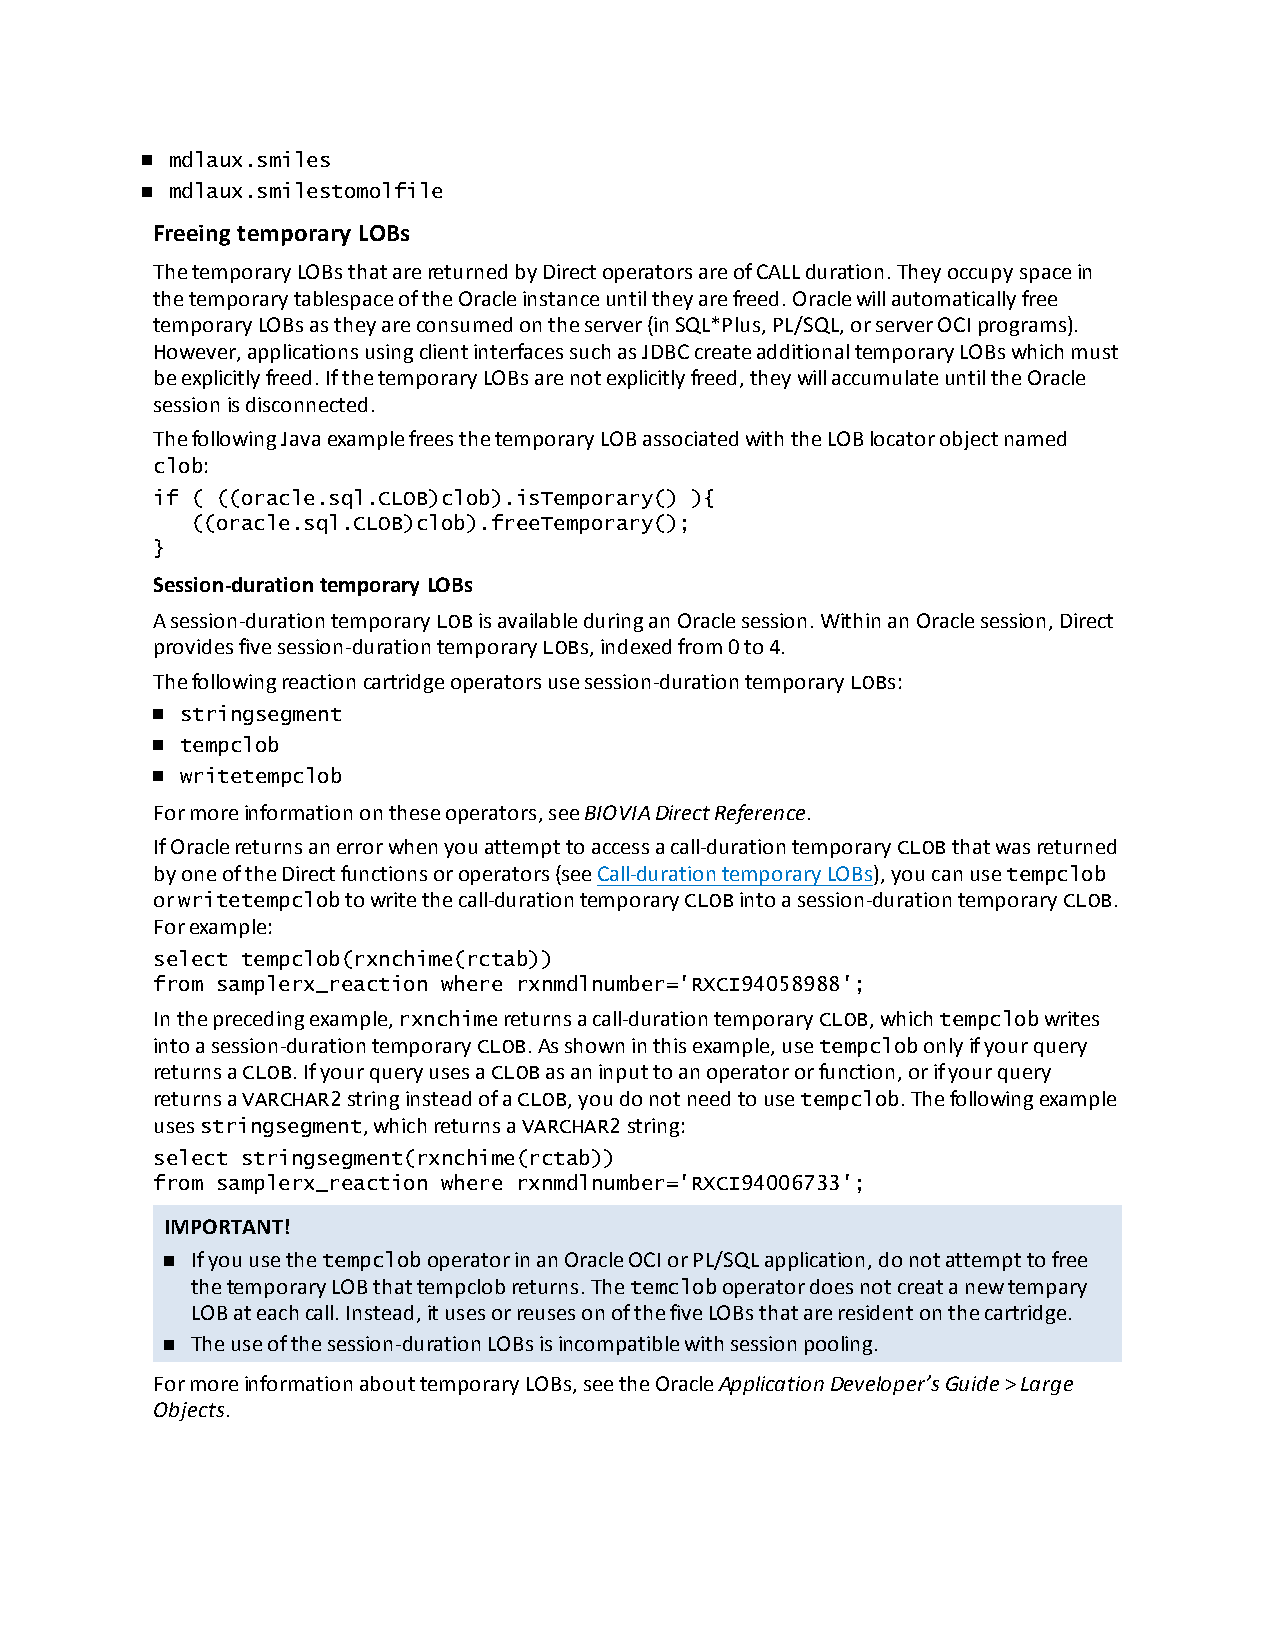
n mdlaux.smiles
 n mdlaux.smilestomolfile
 Freeing temporary LOBs
 ThetemporaryLOBsthatarereturnedbyDirectoperatorsareofCALLduration.Theyoccupyspacein
 thetemporarytablespaceoftheOracleinstanceuntiltheyarefreed.Oraclewillautomaticallyfree
 temporaryLOBsastheyareconsumedontheserver(inSQL*Plus,PL/SQL,orserverOCIprograms).
 However,applicationsusingclientinterfacessuchasJDBCcreateadditionaltemporaryLOBswhichmust
 beexplicitlyfreed.IfthetemporaryLOBsarenotexplicitlyfreed,theywillaccumulateuntiltheOracle
 sessionisdisconnected.
 ThefollowingJavaexamplefreesthetemporaryLOBassociatedwiththeLOBlocatorobjectnamed
 clob:
 if ( ((oracle.sql.CLOB)clob).isTemporary() ){
 ((oracle.sql.CLOB)clob).freeTemporary();
 }
 Session-duration temporary LOBs
 Asession-durationtemporaryLOBisavailableduringanOraclesession.WithinanOraclesession,Direct
 providesfivesession-durationtemporaryLOBs,indexedfrom0to4.
 Thefollowingreactioncartridgeoperatorsusesession-durationtemporaryLOBs:
 n stringsegment
 n tempclob
 n writetempclob
 Formoreinformationontheseoperators,seeBIOVIADirectReference.
 IfOraclereturnsanerrorwhenyouattempttoaccessacall-durationtemporaryCLOBthatwasreturned
 byoneoftheDirectfunctionsoroperators(seeCall-durationtemporaryLOBs),youcanusetempclob
 orwritetempclobtowritethecall-durationtemporaryCLOBintoasession-durationtemporaryCLOB.
 Forexample:
 select tempclob(rxnchime(rctab))
 from samplerx_reaction where rxnmdlnumber='RXCI94058988';
 Intheprecedingexample,rxnchimereturnsacall-durationtemporaryCLOB,whichtempclobwrites
 intoasession-durationtemporaryCLOB.Asshowninthisexample,usetempclobonlyifyourquery
 returnsaCLOB.IfyourqueryusesaCLOBasaninputtoanoperatororfunction,orifyourquery
 returnsaVARCHAR2stringinsteadofaCLOB,youdonotneedtousetempclob.Thefollowingexample
 usesstringsegment,whichreturnsaVARCHAR2string:
 select stringsegment(rxnchime(rctab))
 from samplerx_reaction where rxnmdlnumber='RXCI94006733';
 IMPORTANT!
 n IfyouusethetempcloboperatorinanOracleOCIorPL/SQLapplication,donotattempttofree
 thetemporaryLOBthattempclobreturns.Thetemcloboperatordoesnotcreatanewtempary
 LOBateachcall.Instead,itusesorreusesonofthefiveLOBsthatareresidentonthecartridge.
 n Theuseofthesession-durationLOBsisincompatiblewithsessionpooling.
 FormoreinformationabouttemporaryLOBs,seetheOracleApplicationDeveloper’sGuide>Large
 Objects.